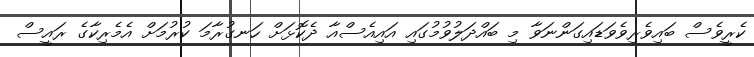
ކެރީވެސް ބައިވެރިވެވަޑައިގަންނަވާ މި ބައްދަލުވުމުގައި އައިއެސްއާ ދެކޮޅަށް ހަނގުރާމަ ކުރުމަށް އެމެރިކާގެ ރައީސް